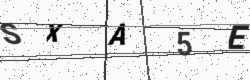
Text: SXA5E